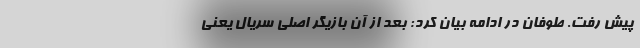
پیش رفت. طوفان در ادامه بیان کرد: بعد از آن بازیگر اصلی سریال یعنی